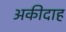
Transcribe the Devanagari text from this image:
अकीदाह